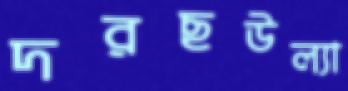
দরছউল্যা